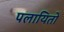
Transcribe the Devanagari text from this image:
पलायितो